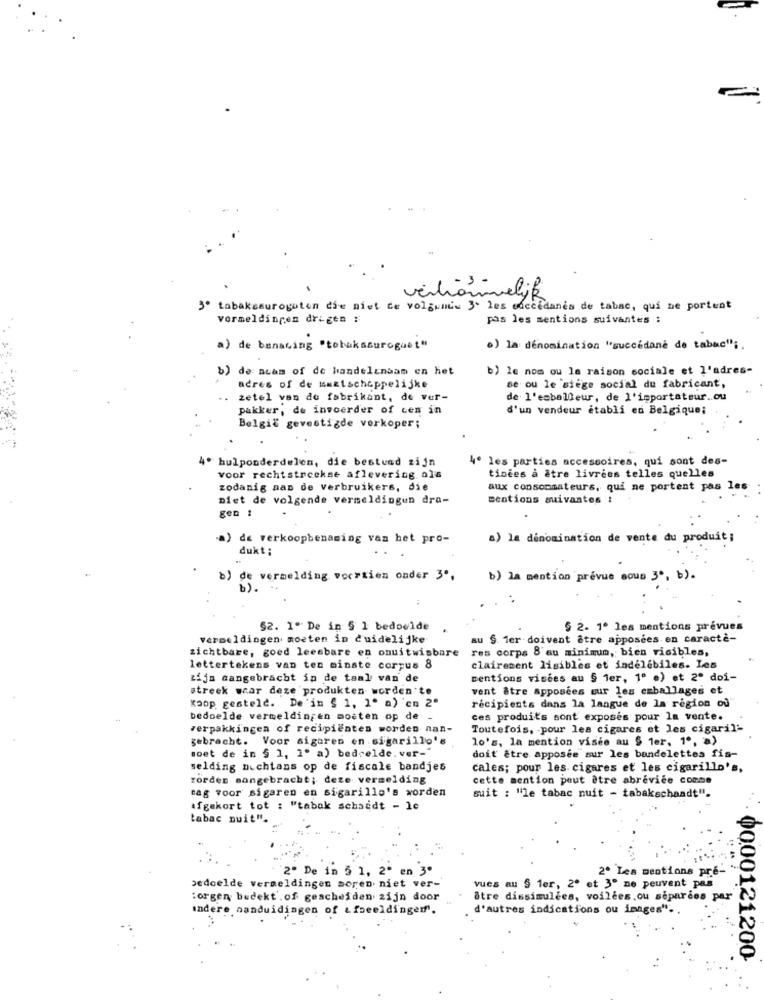
venhomelik
3º tabakssuroguten die niet de volgemiu 3- les succédanés de tabac, qui me portent
vormeldingen drigen :
pas les mentions suivantes :
a) de banacing "tobakssuroguet"
.) la dénomination "succédané de tabac" ;.
b) de nuam of de handelcnaam en het
b) le nom ou la raison sociale et l'adres-
se ou le siège social du fabricant,
acres of de maatschappelijke
.. zetel van de fabrikant, de ver-
de l'emballeur, de l'importateur .. ou
pakker, de invoerder of cen in
d'un vendeur établi en Belgique;
België gevestigde verkoper;
4º hulponderdelen, die bestund zijn
4º les parties accessoires, qui sont des-
voor rechtstreekse aflevering. als
tinées à être livrees telles quelles
zodanig aan de verbruikers, die
aux consommateurs, qui ne portent pas les
Diet de volgende vermeldingun dra-
sentions suivantes !
gen :
a) de verkoopbenaming van het pro-
a) la dénomination de vente du produit;
dukt;
b) de vermelding voorzien onder 3.
b) la mention prévue sous 3º, b).
b).
$2. 1º De in § 1 bedoelde
§ 2. 1º les mentions prévues
vermeldingen moeten in duidelijke
au §. 1er doivent être apposées en caractè-
zichtbare, goed leesbare en onuitwisbare
res corps 8'au minimum, bien risibles,
lettertekens van ten minste corpus 8
clairement lisibles et indélébiles. Les
zijn cangebracht in de taal van de
Dentions visées au § 1er, 1º ·) et 2º doi-
streek wcar deze produkten worden'te
vent être apposées sur les emballages et
Koop gesteld. De'in § 1, 1º a) 'en 2º
récipients dans la langue de la région où'
bedoelde vermeldingen moeten op de -
ces produits sont exposés pour la vente.
verpakkingen of recipienten worden nan-
Toutefois, pour les cigares et les cigaril-
gebracht. Voor sigaren en cigarillo's
lo's, la mention visie au $ 1er. 1º, a)
moet de in § 1, 1º a) bedrelde. ver-
doit être apposée sur les bandelettes fis-
melding nochtans op de fiscale bandjes
cales; pour les cigares et les cigarillo's,
rorder sangebracht; deze vermelding
cette mention peut être abrevice comme
tag voor sigaren en sigarillo's worden
suit : "le tabac nuit - tabakschaadt".
afgekort tot : "tabok schaidt - le
tabac nuit".
2" De in 5 1, 2º en 3º
2º Les mentions pre-
bedoelde vermeldingen boren niet ver-'
vues au § 1er, 2º et 3º ne peuvent pas
:orgen, bedekt . of gescheiden zijn door
Stre dissimulées, voilées, ou séparées par
Indere aanduidingen of afbeeldingen.
d'autres indications ou images".
0000121200